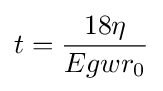
t={18\eta  \over Egwr_{0}}